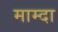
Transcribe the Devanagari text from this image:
माम्दा